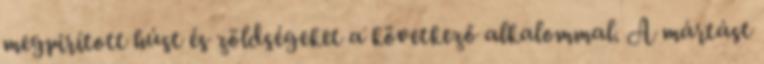
megpirított húst és zöldségeket a következő alkalommal. A mártást